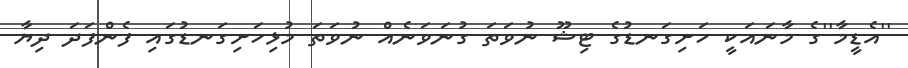
''އެޑީމާ''ގެ މާނައަކީ ހަށިގަނޑުގެ ޓިޝޫ ނުވަތަ ގުނަވަނެއް ނުވަތަ މުޅިހަށިގަނޑުގައި ފެންފަދަ ދިޔާ